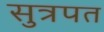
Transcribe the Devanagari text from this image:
सुत्रपत